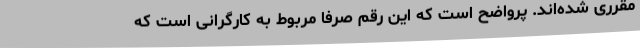
مقرری شده‌اند. پُرواضح است که این رقم صرفا مربوط به کارگرانی است که